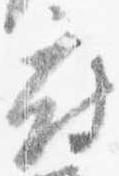
府